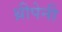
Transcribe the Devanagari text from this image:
थ्रीपेनी